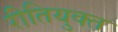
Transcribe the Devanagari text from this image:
रीतियुक्त